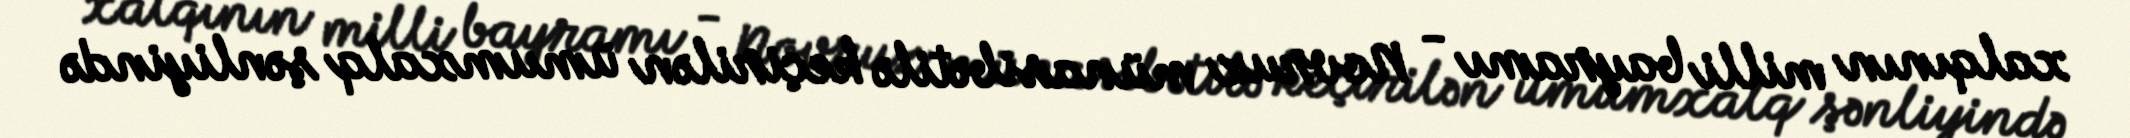
xalqının milli bayramı - Novruz münasibətilə keçirilən ümumxalq şənliyində